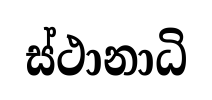
ස්ථානාධි